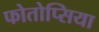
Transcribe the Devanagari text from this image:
फोतोप्सिया